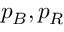
p _ { B } , p _ { R }